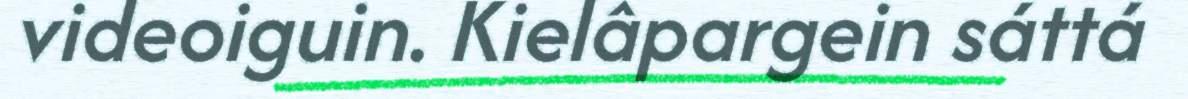
videoiguin. Kielâpargein sáttá